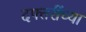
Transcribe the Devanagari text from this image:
दफ्तरींच्या